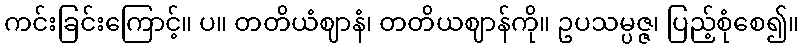
ကင်းခြင်းကြောင့်။ ပ။ တတိယံဈာနံ၊ တတိယဈာန်ကို။ ဥပသမ္ပဇ္ဇ၊ ပြည့်စုံစေ၍။